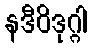
နဒီဝိဒုဂ္ဂါ